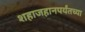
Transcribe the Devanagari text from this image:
शहाजहानपर्यंतच्या